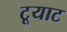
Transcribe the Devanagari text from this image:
टूयाट